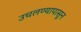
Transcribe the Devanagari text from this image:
उचलण्यापासून